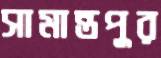
সামান্তপুর